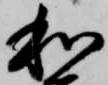
和